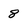
Character: 8